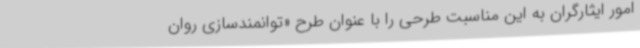
امور ایثارگران به این مناسبت طرحی را با عنوان طرح «توانمندسازی روان